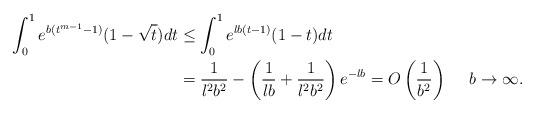
LaTeX: \begin{align*}\int_0^1 e^{b(t^{m-1} - 1)}(1 - \sqrt{t})dt & \leq \int_0^1 e^{\l b(t - 1)}(1 - t)dt\\& = \frac{1}{\l^2b^2} - \left(\frac{1}{\l b} +\frac{1}{\l^2b^2}\right) e^{-\l b} = O\left(\frac{1}{b^2}\right) \quad~b\rightarrow\infty.\end{align*}